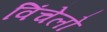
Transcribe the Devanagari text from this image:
विंचेलो